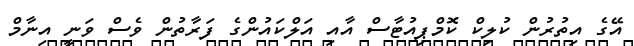
އޭގެ އިތުރުން ކުލިކް ކޮމްޕިއުޓާސް އާއި އަލްކައުންގެ ފަރާތުން ވެސް ވަނީ އިނާމް